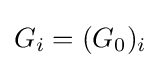
G_{i}=(G_{0})_{i}